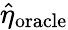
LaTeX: \widehat{\eta}_{\mathrm{oracle}}